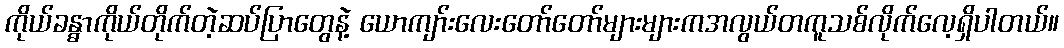
ကိုယ်ခန္ဓာကိုယ်တိုက်တဲ့ဆပ်ပြာတွေနဲ့ ယောကျာ်းလေးတော်တော်များများကအလွယ်တကူသစ်လိုက်လေ့ရှိပါတယ်။